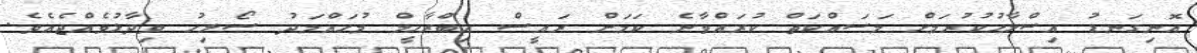
އޮނިގަނޑު އިސްލާހުކުރުމަށް މަސައްކަތް ކުރައްވާނެ ކަމަށް ރައީސް އިބްރާހީމް މުހައްމަދު ސޯލިހު ވިދާޅުވެއްޖެއެވެ.